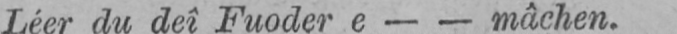
Léer du deî Fuoder e - - mâchen.